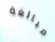
مبالغة